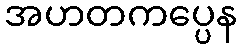
အဟတကပ္ပေန